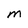
Character: M